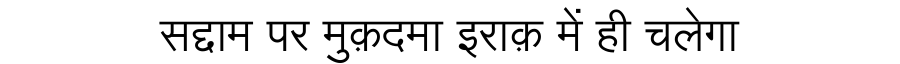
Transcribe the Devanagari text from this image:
सद्दाम पर मुक़दमा इराक़ में ही चलेगा